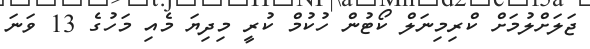
ޖަލަށްލުމަށް ކްރިމިނަލް ކޯޓުން ހުކުމް ކުރީ މިދިޔަ މެއި މަހުގެ 13 ވަނަ